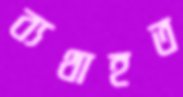
ব্যথাহত